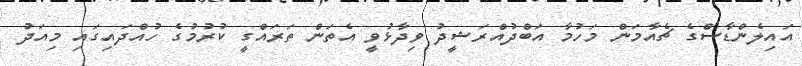
އައިލެންޑާސްގެ ޗެއާމަން މަހުމާ އަބްދުއްރަޝީދު ވިދާޅުވީ އެތަން ތަރައްގީ ކުރުމުގެ ހުއްދައިގައި މިއަދު